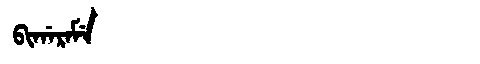
Manchu: ᠪᡳᡤᠠᡵᠠᠮᡝ
Romanization: BIGARAME